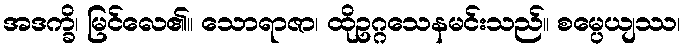
အဒက္ခိ၊ မြင်လေ၏။ သောရာဇာ၊ ထိုဥဂ္ဂသေနမင်းသည်။ စမ္ပေယျဿ၊